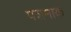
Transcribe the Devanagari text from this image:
पशमाक